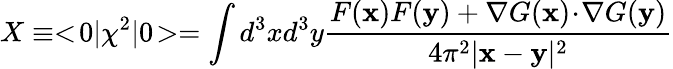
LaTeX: X\equiv<\! 0|\chi^{2}|0\! >=\int d^{3}xd^{3}y{\frac{F(\mathbf{x})F(\mathbf{y})+\mathbf{\nabla}G(\mathbf{x})\! \cdot\! \mathbf{\nabla}G(\mathbf{y})}{4\pi^{2}|\mathbf{x}-\mathbf{y}|^{2}}}